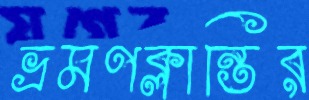
ভ্রমণক্লান্তির